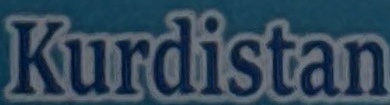
Kurdistan